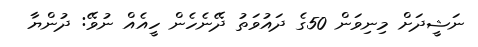
ނަޝީދަށް މިނިވަން 50ގެ ދައުވަތު ދޭނެހެން ހީއެއް ނުވޭ: ދުންޔާ